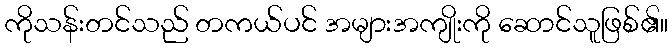
ကိုသန်းတင်သည် တကယ်ပင် အများအကျိုးကို ဆောင်သူဖြစ်၏။